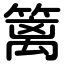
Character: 篱